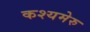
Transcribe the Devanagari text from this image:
कश्यमेरु